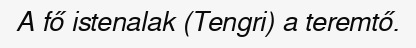
A fő istenalak (Tengri) a teremtő.